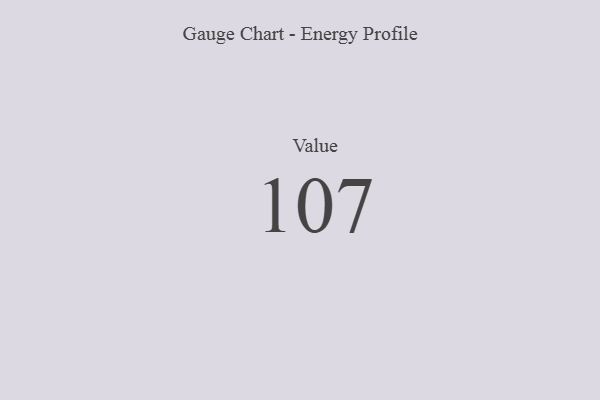
{"axis": {"x": "Metric", "y": "Value"}, "legend": [""], "data": [{"x": "Value", "y": 107, "type": ""}]}